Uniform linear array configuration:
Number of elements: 64
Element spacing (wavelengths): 0.5
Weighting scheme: binomial
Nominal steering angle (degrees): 45
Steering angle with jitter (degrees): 43.938
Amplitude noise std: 0.05
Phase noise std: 0.05

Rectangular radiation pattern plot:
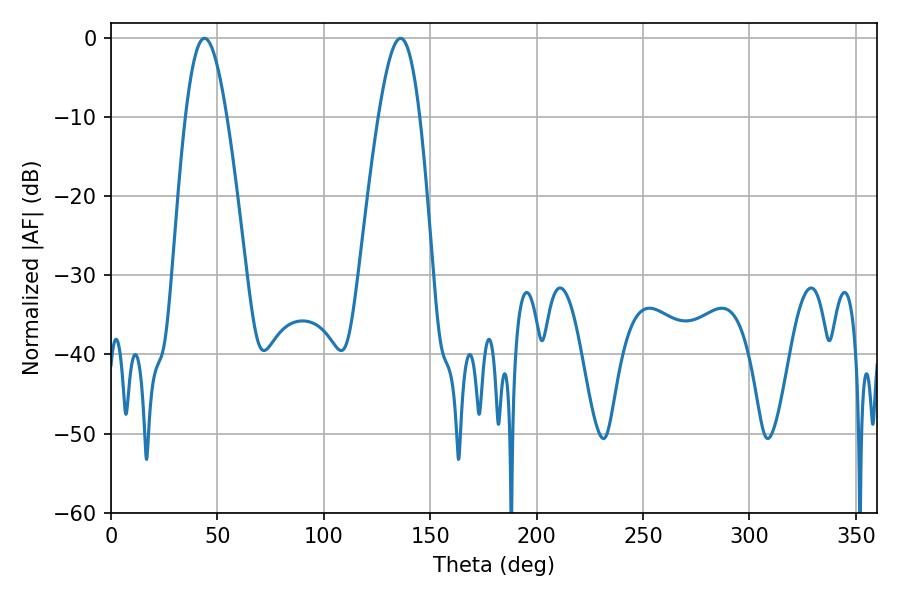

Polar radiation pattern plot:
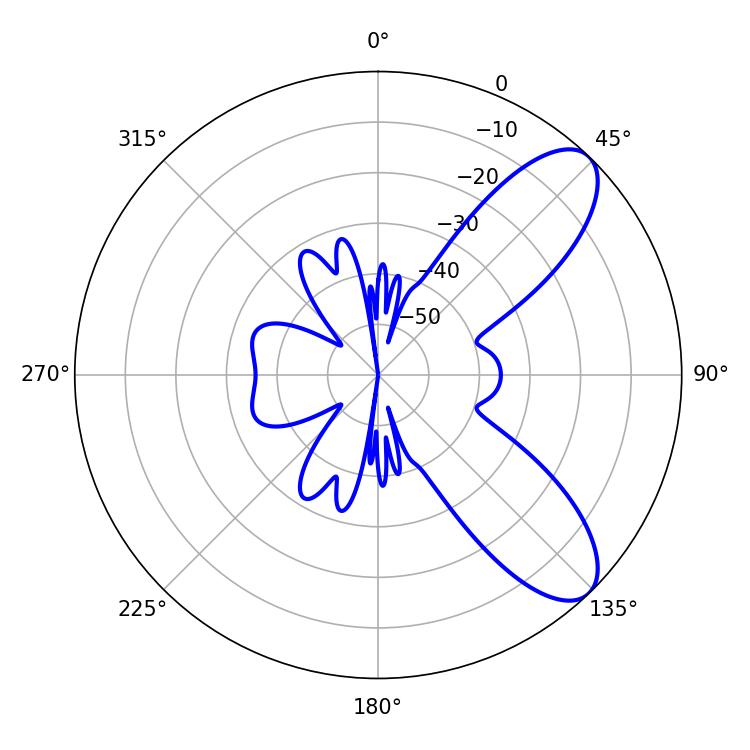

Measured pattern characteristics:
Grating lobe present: FALSE
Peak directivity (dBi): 8.584
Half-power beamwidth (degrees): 10.44
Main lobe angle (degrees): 43.92